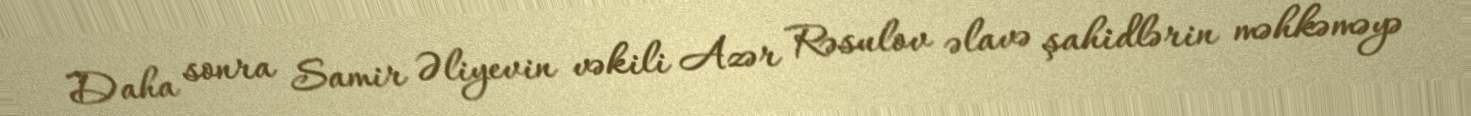
Daha sonra Samir Əliyevin vəkili Azər Rəsulov əlavə şahidlərin məhkəməyə